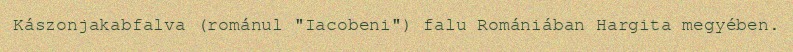
Kászonjakabfalva (románul "Iacobeni") falu Romániában Hargita megyében.